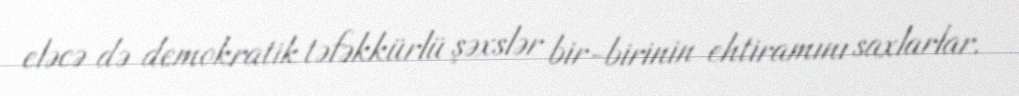
eləcə də demokratik təfəkkürlü şəxslər bir-birinin ehtiramını saxlarlar.